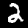
Digit: 2